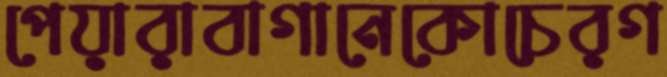
পেয়ারাবাগানেকোচেরগ